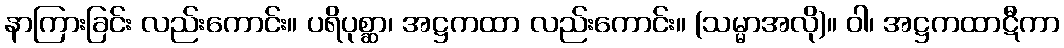
နာကြားခြင်း လည်းကောင်း။ ပရိပုစ္ဆာ၊ အဋ္ဌကထာ လည်းကောင်း။ (သမ္မာအလို)။ ဝါ၊ အဋ္ဌကထာဋီကာ